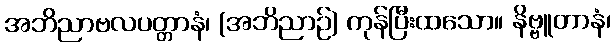
အဘိညာဗလပတ္တာနံ၊ (အဘိညာဉ်) ကုန်ပြီးထသော။ နိဗ္ဗူတာနံ၊